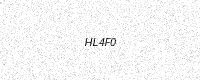
Text: HL4F0